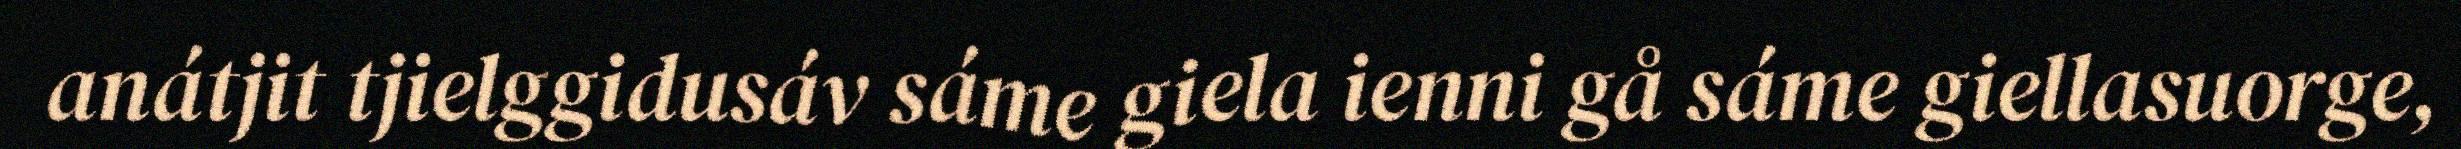
anátjit tjielggidusáv sáme giela ienni gå sáme giellasuorge,